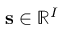
\mathbf { s } \in \mathbb { R } ^ { I }